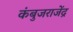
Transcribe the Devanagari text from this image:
कंबुजराजेंद्र